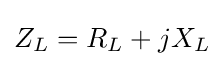
Z_{L}=R_{L}+jX_{L}